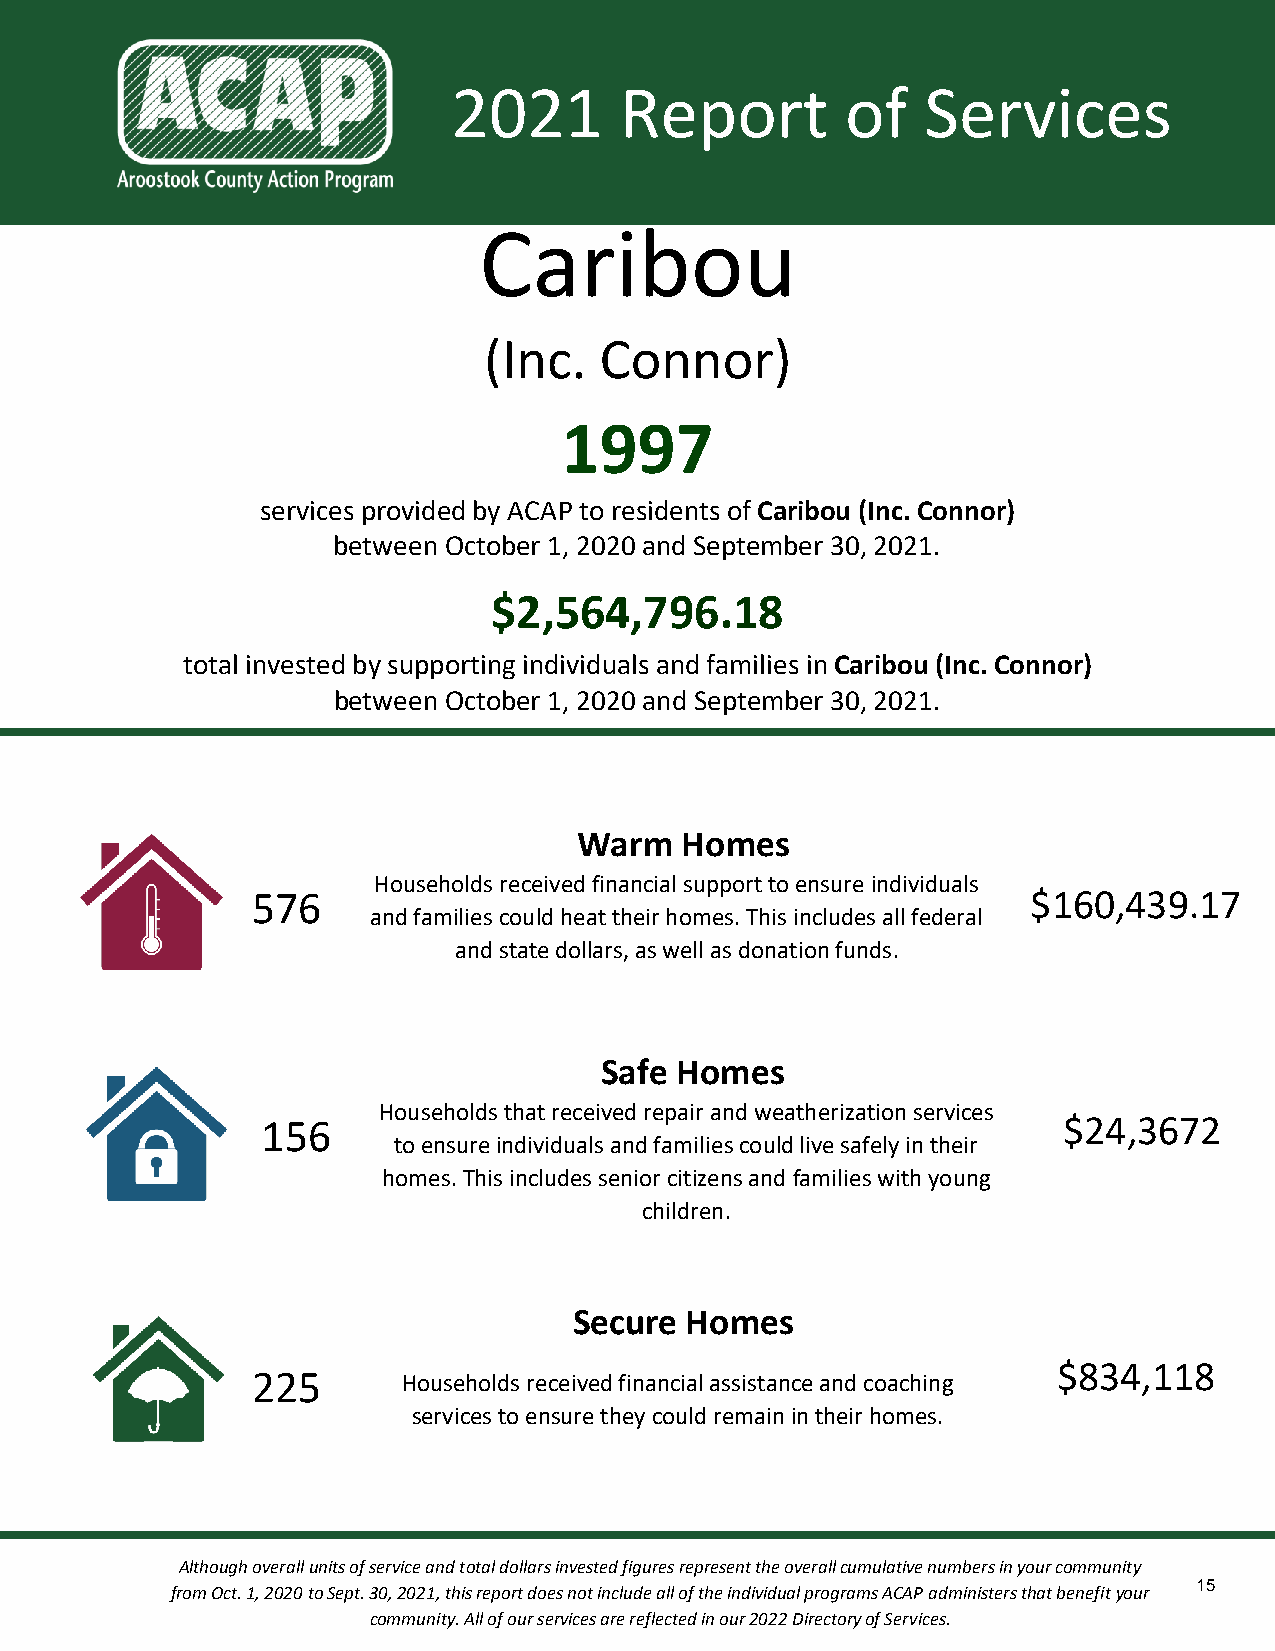
2021       Report         of   Services
 Caribou
 (Inc.   Connor)
 1997
 services provided by ACAP to residents of Caribou (Inc. Connor)
 between October 1, 2020 and September 30, 2021.
 $2,564,796.18
 total invested by supporting individuals and families in Caribou (Inc. Connor)
 between October 1, 2020 and September 30, 2021.
 Warm   Homes
 Households received financial support to ensure individuals
 576                                                $160,439.17
 and families could heat their homes. This includes all federal
 and state dollars, as well as donation funds.
 Safe Homes
 Households that received repair and weatherization services
 156                                                  $24,3672
 to ensure individuals and families could live safely in their
 homes. This includes senior citizens and families with young
 children.
 Secure Homes
 $834,118
 225       Households received financial assistance and coaching
 services to ensure they could remain in their homes.
 Although overall units of service and total dollars invested figures represent the overall cumulative numbers in your community
 15
 from Oct. 1, 2020 to Sept. 30, 2021, this report does not include all of the individual programs ACAP administers that benefit your
 community. All of our services are reflected in our 2022 Directory of Services.